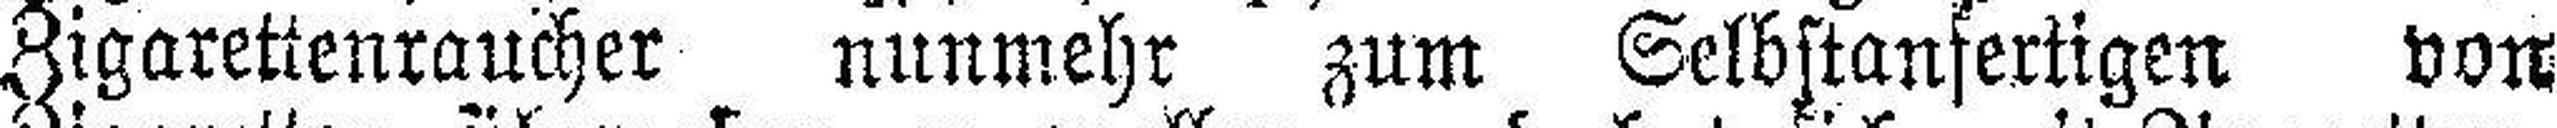
Zigarettenraucher nunmehr zum Selbstanfertigen von